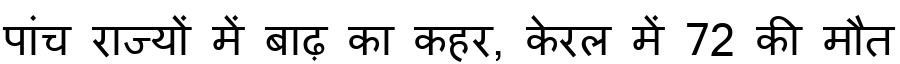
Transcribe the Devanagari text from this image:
पांच राज्यों में बाढ़ का कहर, केरल में 72 की मौत